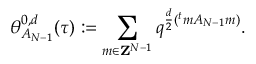
\theta _ { A _ { N - 1 } } ^ { 0 , d } ( \tau ) : = \sum _ { m \in { \bf Z } ^ { N - 1 } } q ^ { \frac { d } { 2 } ( { } ^ { t } m A _ { N - 1 } m ) } .